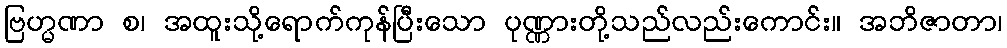
ဗြဟ္မဏာ စ၊ အထူးသို့ရောက်ကုန်ပြီးသော ပုဏ္ဏားတို့သည်လည်းကောင်း။ အဘိဇာတာ၊